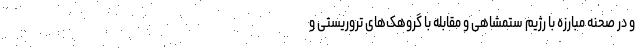
و در صحنه مبارزه با رژیم ستمشاهی و مقابله با گروهک‌های تروریستی و